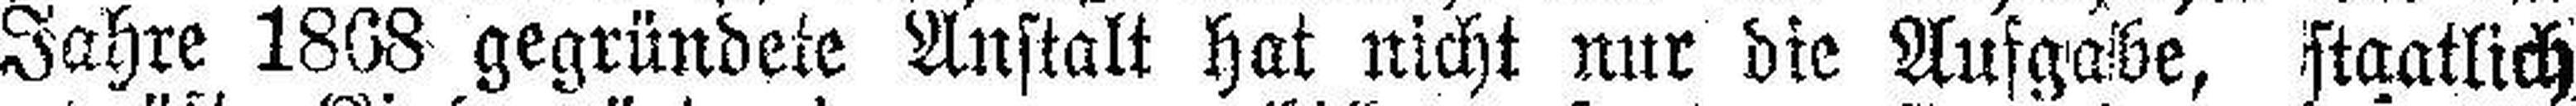
Jahre 1868 gegründete Anstalt hat nicht nur die Aufgabe, staatlich